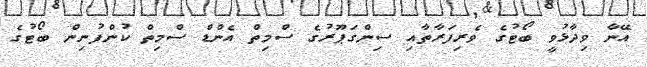
އޭނާ ވިދާޅުވީ ބޯޓުގެ ވެރިފަރާތާއި ސިންގަޕޫރުގެ ސްމިތް އެންޑް ސްމިތް ކުންފުނިން ބޯޓުގެ